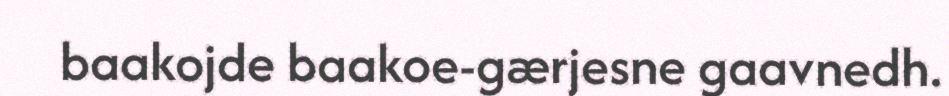
baakojde baakoe-gærjesne gaavnedh.